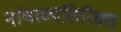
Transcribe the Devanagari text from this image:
नांवाव्यतिरिक्त